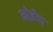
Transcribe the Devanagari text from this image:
मोईत्रा